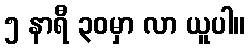
၅ နာရီ ၃၀မှာ လာ ယူပါ။